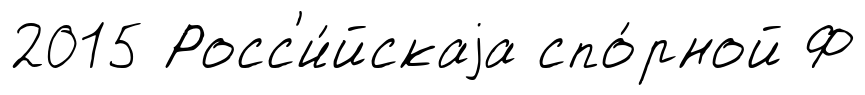
2015 Росс'и́йскаjа спо́рной Ф